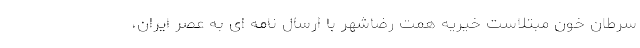
سرطان خون مبتلاست خیریه همت رضاشهر با ارسال نامه ای به عصر ایران،